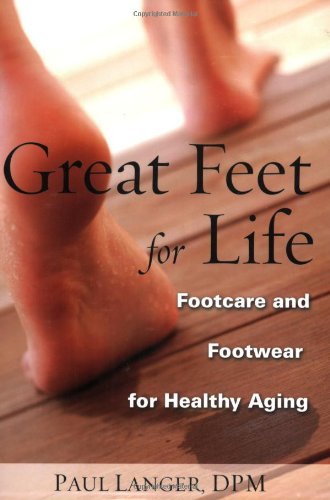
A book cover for Great Feet for Life: Footcare and Footwear for Healthy Aging; Paul Langer; Medical Books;